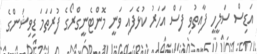
އަޑިސް ސަލީހީ ފާއިތުވި ފަސް އަހަރު ކުޅެފައި ވަނީ މޮންޓެނީގްރޯގެ ފުރަތަމަ ޑިވިޝަންގެ